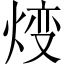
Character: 𤊰